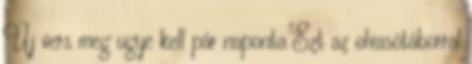
Új vers meg ugye kell pár naponta.Ezt az olvasótáborral